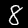
Label: 8